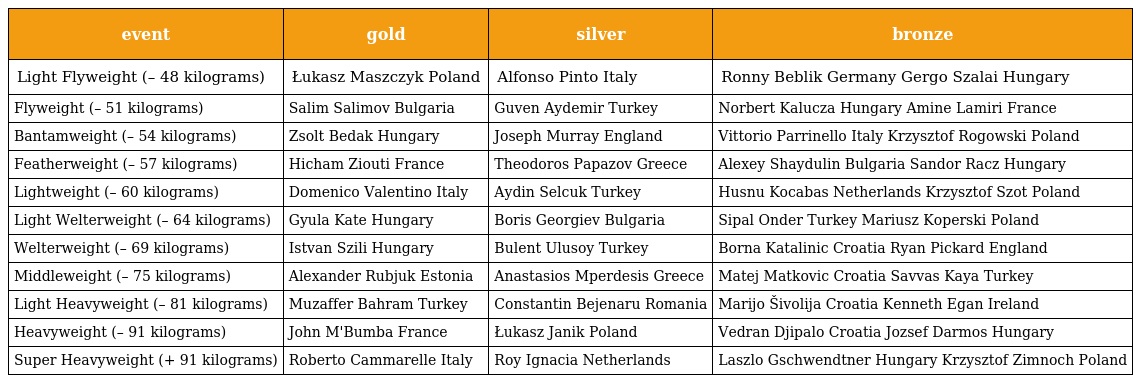
| event | gold | silver | bronze |
 | --- | --- | --- | --- |
 | Light Flyweight (– 48 kilograms) | Łukasz Maszczyk Poland | Alfonso Pinto Italy | Ronny Beblik Germany Gergo Szalai Hungary |
 | Flyweight (– 51 kilograms) | Salim Salimov Bulgaria | Guven Aydemir Turkey | Norbert Kalucza Hungary Amine Lamiri France |
 | Bantamweight (– 54 kilograms) | Zsolt Bedak Hungary | Joseph Murray England | Vittorio Parrinello Italy Krzysztof Rogowski Poland |
 | Featherweight (– 57 kilograms) | Hicham Ziouti France | Theodoros Papazov Greece | Alexey Shaydulin Bulgaria Sandor Racz Hungary |
 | Lightweight (– 60 kilograms) | Domenico Valentino Italy | Aydin Selcuk Turkey | Husnu Kocabas Netherlands Krzysztof Szot Poland |
 | Light Welterweight (– 64 kilograms) | Gyula Kate Hungary | Boris Georgiev Bulgaria | Sipal Onder Turkey Mariusz Koperski Poland |
 | Welterweight (– 69 kilograms) | Istvan Szili Hungary | Bulent Ulusoy Turkey | Borna Katalinic Croatia Ryan Pickard England |
 | Middleweight (– 75 kilograms) | Alexander Rubjuk Estonia | Anastasios Mperdesis Greece | Matej Matkovic Croatia Savvas Kaya Turkey |
 | Light Heavyweight (– 81 kilograms) | Muzaffer Bahram Turkey | Constantin Bejenaru Romania | Marijo Šivolija Croatia Kenneth Egan Ireland |
 | Heavyweight (– 91 kilograms) | John M'Bumba France | Łukasz Janik Poland | Vedran Djipalo Croatia Jozsef Darmos Hungary |
 | Super Heavyweight (+ 91 kilograms) | Roberto Cammarelle Italy | Roy Ignacia Netherlands | Laszlo Gschwendtner Hungary Krzysztof Zimnoch Poland |